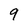
Character: 9